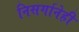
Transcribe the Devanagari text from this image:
निसर्गानेही